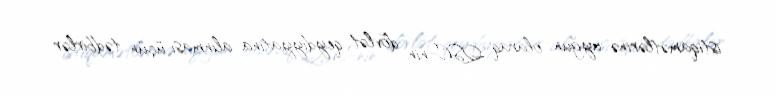
istiqamətlərinə uyğun olaraq QSC-nin dövlət qeydiyyatına alınması üçün tədbirlər